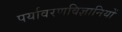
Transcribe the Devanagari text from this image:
पर्यावरणविज्ञानियों